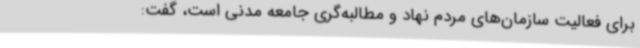
برای فعالیت سازمان‌های مردم نهاد و مطالبه‌گری جامعه مدنی است، گفت: